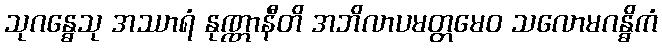
သုဂန္ဓေသု အဿာရံ နုဏ္ဏာနီတိ အဘိလာပမတ္တမေဝ သလောမဂန္ဓိကံ